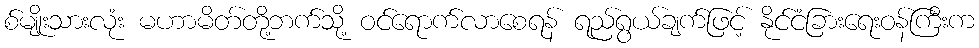
စ်မျိုးသားလုံး မဟာမိတ်တို့ဘက်သို့ ဝင်ရောက်လာစေရန် ရည်ရွယ်ချက်ဖြင့် နိုင်ငံခြားရေးဝန်ကြီးက